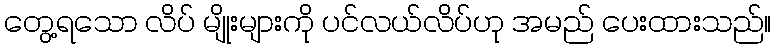
တွေ့ရသော လိပ် မျိုးများကို ပင်လယ်လိပ်ဟု အမည် ပေးထားသည်။